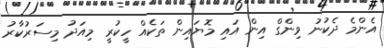
އެންމެ ދެކުނު ވިންގް އިން އައި މޮޔައިން ތަކެއް ހީކުރީ މިއަދު މިސަރުކާރު